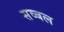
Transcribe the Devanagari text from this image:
सव्बल